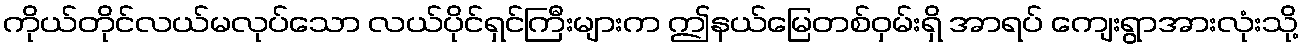
ကိုယ်တိုင်လယ်မလုပ်သော လယ်ပိုင်ရှင်ကြီးများက ဤနယ်မြေတစ်ဝှမ်းရှိ အာရပ် ကျေးရွာအားလုံးသို့